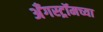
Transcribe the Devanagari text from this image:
अँगस्ट्रॉमच्या